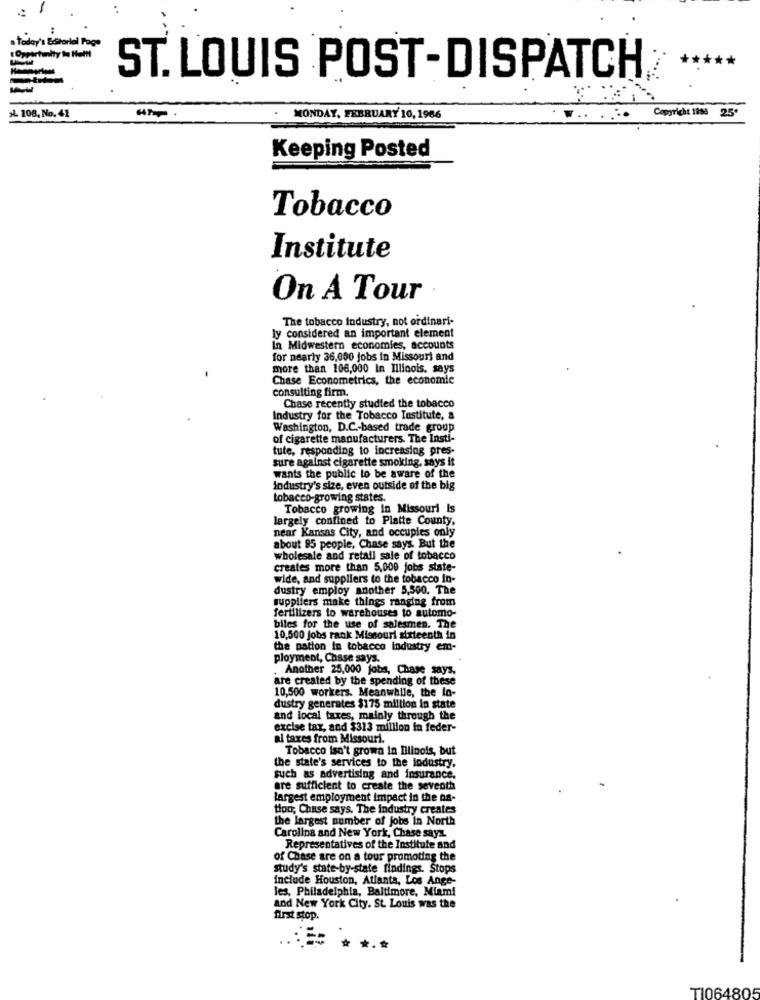
a today's Editorial Page
**
ST. LOUIS POST-DISPATCH
Copyright 1998
25.
>L 108, No. 41
MONDAY, FEBRUARY 10, 1966
Keeping Posted
Tobacco
Institute
On A Tour
The tobacco Industry, not ordinari-
ly considered an important element
In Midwestern economies, accounts
for nearly 36,000 jobs in Missouri and
more than 106,000 In Illinois, says
Chase Econometrics, the economic
consulting firm.
Chase recently studied the tobacco
Industry for the Tobacco Institute, &
Washington, D.C .- based trade group
of cigarette manufacturers. The Insti-
tute, responding to increasing pres-
sure against cigarette smoking, says it
wants the public to be aware of the
industry's size, even outside of the big
tobacco-growing states.
Tobacco growing in Missouri Is
largely confined to Platte County,
near Kansas City, and occupies only
about 85 people, Chase says. But the
wholesale and retail sale of tobacco
creates more than 5,000 jobs state-
wide, and suppliers to the tobacco in-
dustry employ another 5,500. The
suppliers make things ranging from
fertilizers to warehouses to automo-
biles for the use of salesmen. The
10,500 jobs rank Missouri sixteenth in
the nation in tobacco industry em-
ployment, Chase says.
. Another 25,000 jobs, Chase says,
are created by the spending of these
10,500 workers. Meanwhile, the lo-
dustry generates $175 million in state
and local taxes, mainly through the
excise tax, and $313 million in feder-
al taxes from Missouri.
Tobacco isn't growa in Illinois, but
the state's services to the industry.
such as advertising and insurance,
are sufficient to create the seventh
largest employment impact in the on-
tion, Chase says. The Industry creates
the largest number of jobs in North
Carolina and New York, Chase sayz.
Representatives of the Institute and
of Chase are on a tour promoting the
study's state-by-state findings. Stops
include Houston, Atlanta, Los Ange-
les, Philadelphia, Baltimore, Miami
and New York City. St. Louis was the
first stop.
*.*
TI064805